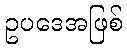
ဥပဒေအဖြစ်